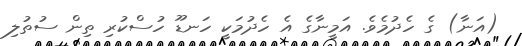
(އަނާ) ގެ ހެދުމެވެ. އަމީނާގެ އެ ހެދުމަކީ ހަނޑޫ ހުސްކުރި ތިން ސުތުލި